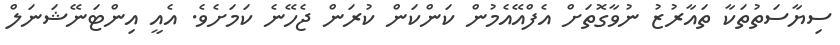
ސިޔާސަތުތަކާ ތައާރުޒު ނުވާގޮތަށް އެފްއޭއެމުން ކަންކަން ކުރަން ޖެހޭނެ ކަމަށެވެ. އެއީ އިންޓަނޭޝަނަލް